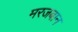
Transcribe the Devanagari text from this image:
मरजबान